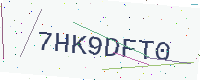
Text: 7HK9DFT0